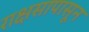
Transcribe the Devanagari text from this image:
राक्षसापासून